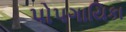
પોપગાયિકા